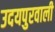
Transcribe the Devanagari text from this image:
उदयपुरवाली